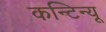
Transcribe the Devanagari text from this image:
कन्टिन्यू